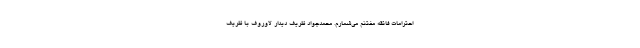
احترامات فائقه مغتنم می‌شمارم. محمدجواد ظریف دیدار لاوروف با ظریف